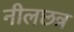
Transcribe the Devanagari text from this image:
नीलछत्र